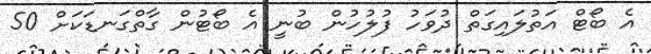
އެ ބޯޓް އަތުލައިގަތް ދުވަހު ފުލުހުން ބުނީ އެ ބޯޓުން ގާތްގަނޑަކަށް 50